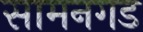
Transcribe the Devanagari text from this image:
सामनगड